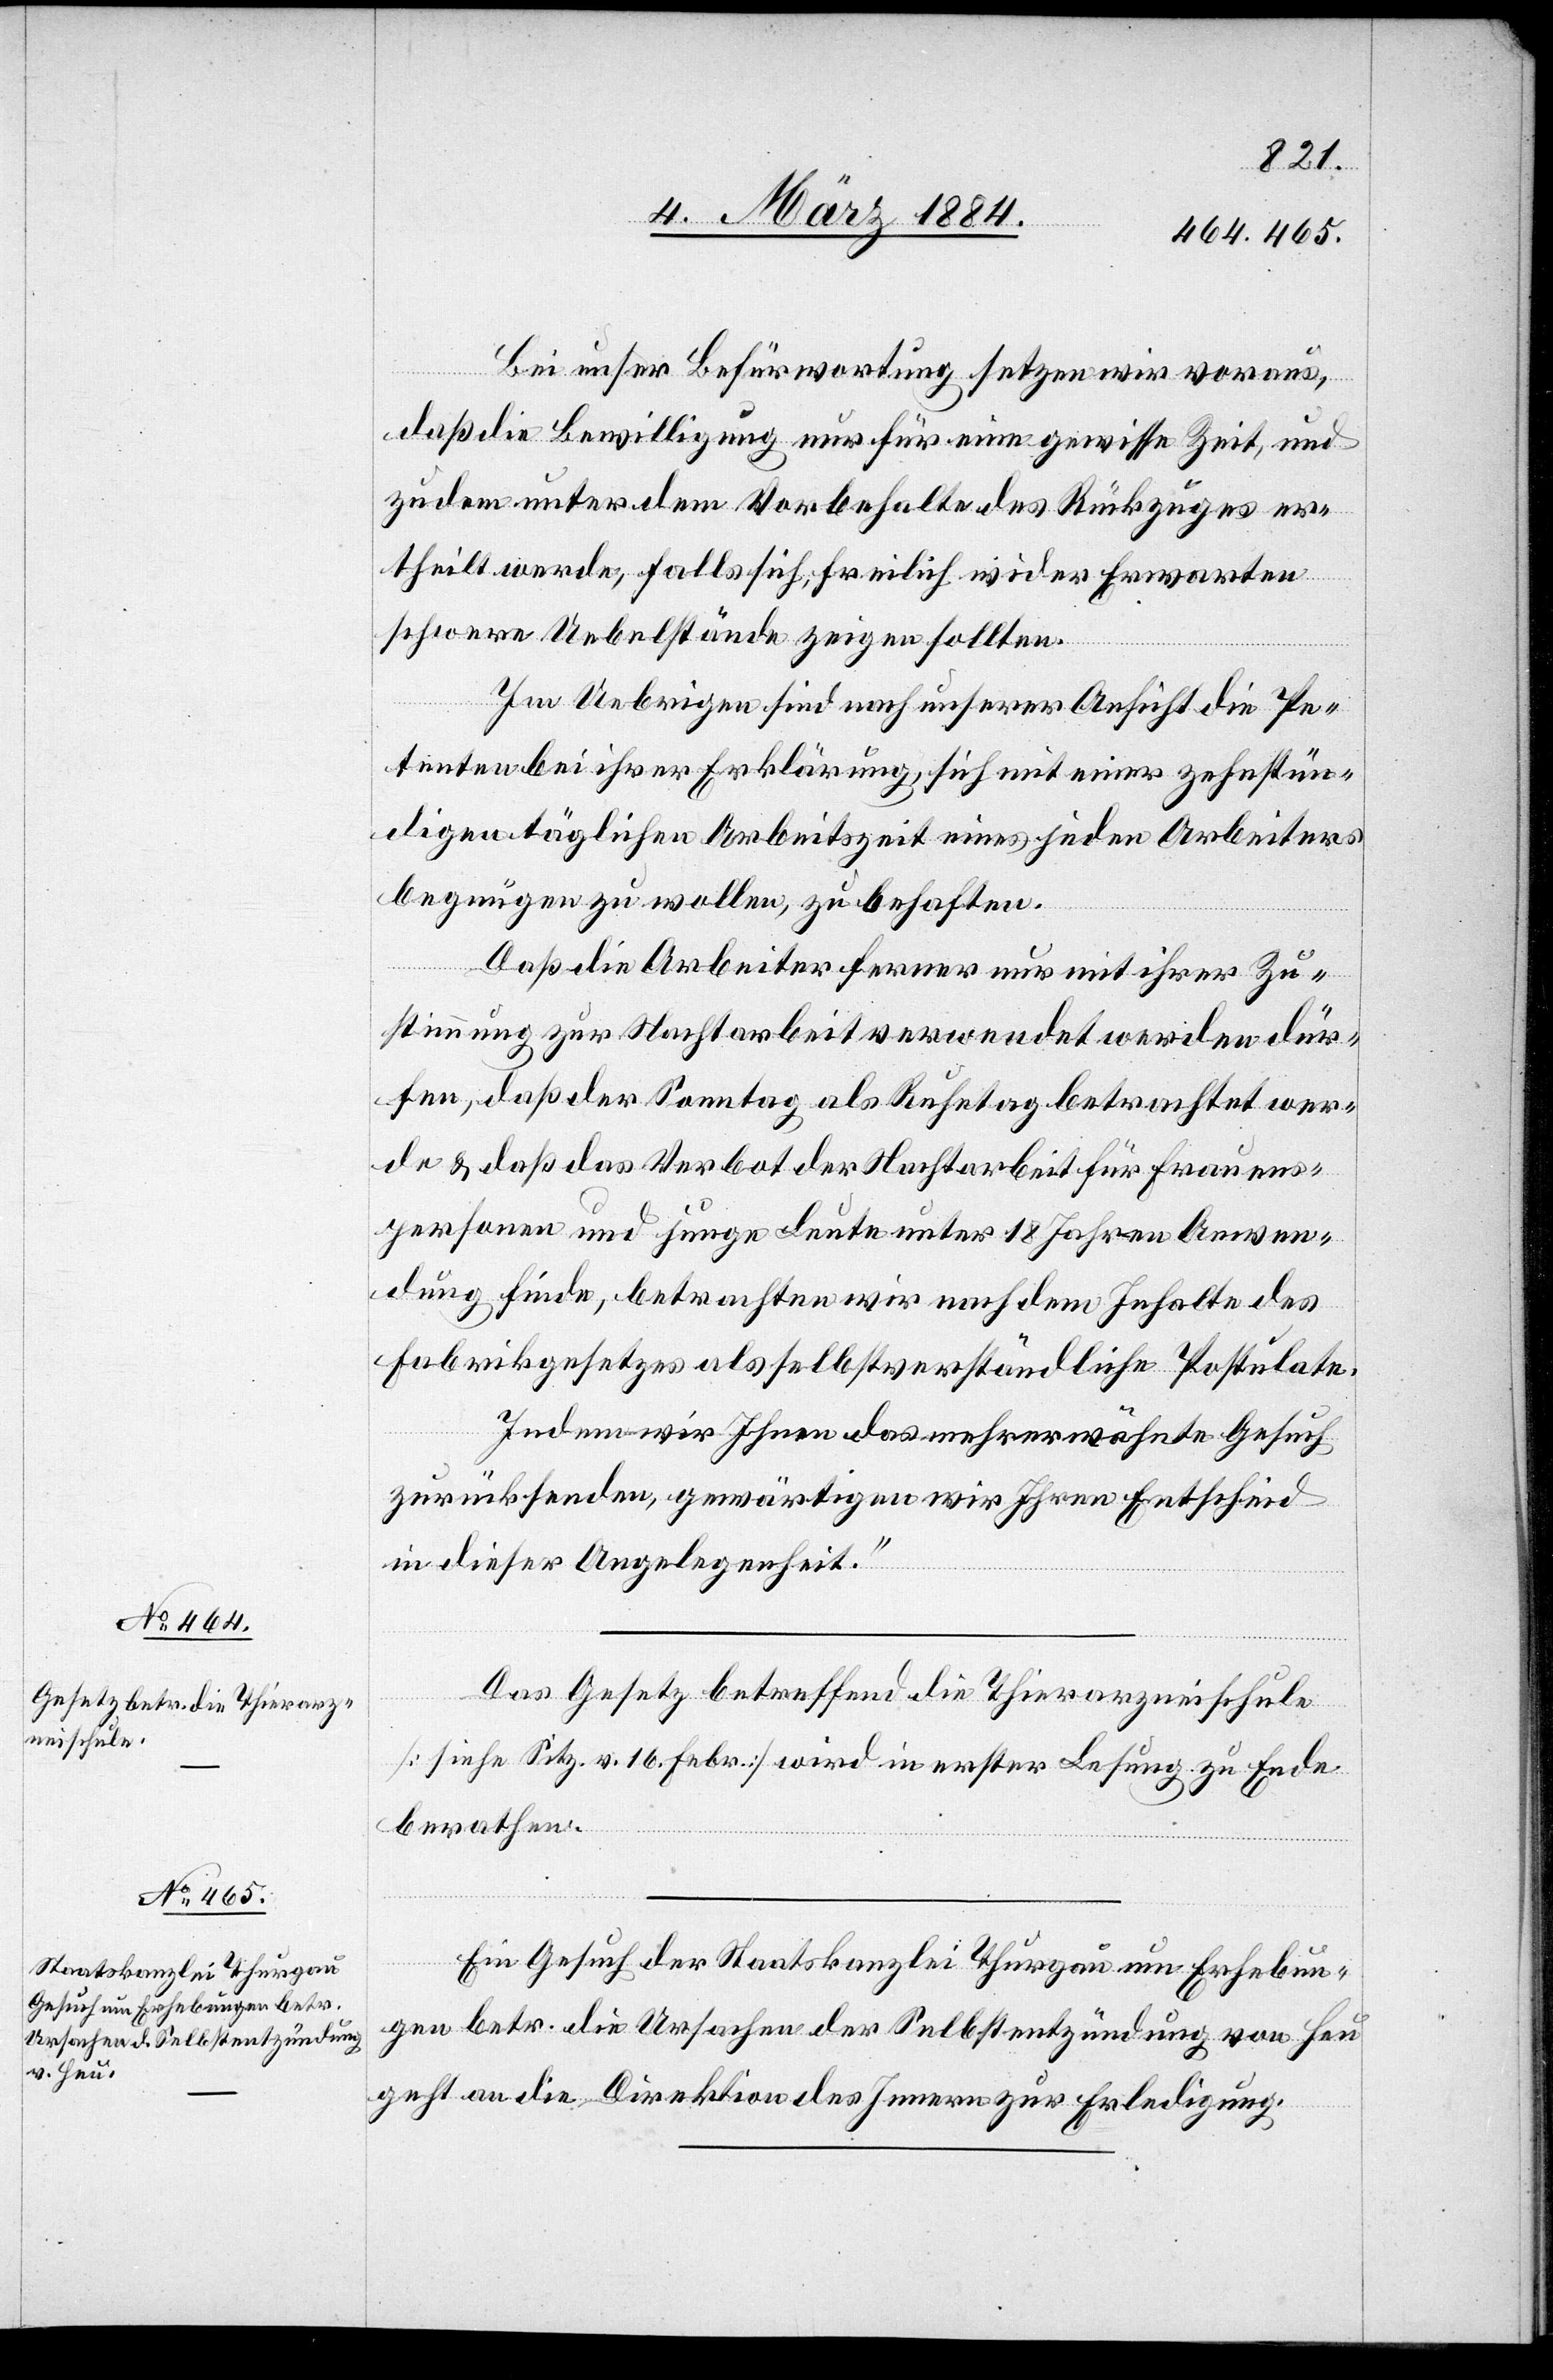
Bei unser[er] Befürwortung setzen wir voraus,
daß die Bewilligung nur für eine gewisse Zeit, und
zudem unter dem Vorbehalte des Rückzuges er¬
theilt werde, falls sich, freilich wider Erwarten
schwere Uebelstände zeigen sollten.
Im Uebrigen sind nach unserer Ansicht die Pe¬
tenten bei ihrer Erklärung, sich mit einer zehnstün¬
digen täglichen Arbeitszeit eines jeden Arbeiters
begnügen zu wollen, zu behaften.
Daß die Arbeiter ferner nur mit ihrer Zu¬
stimmung zur Nachtarbeit verwendet werden dür¬
fen, daß der Sonntag als Ruhetag betrachtet wer¬
de & daß das Verbot der Nachtarbeit für Frauens¬
personen und junge Leute unter 18 Jahren Anwen¬
dung finde, betrachten wir nach dem Inhalte des
Fabrikgesetzes als selbstverständliche Postulate.
Indem wir Ihnen das mehrerwähnte Gesuch
zurücksenden, gewärtigen wir Ihren Entscheid
in dieser Angelegenheit.“
Das Gesetz betreffend die Thierarzneischule
[siehe Sitz. v. 16. Febr.] wird in erster Lesung zu Ende
berathen.
Ein Gesuch der Staatskanzlei Thurgau um Erhebun¬
g betr. die Ursache der Selbstentzündung von Heu
geht an die Direktion des Innern zur Erledigung.